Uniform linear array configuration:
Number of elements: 32
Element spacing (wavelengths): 0.75
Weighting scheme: hamming
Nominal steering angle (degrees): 60
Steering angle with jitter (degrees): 59.248
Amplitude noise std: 0.05
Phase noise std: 0.05

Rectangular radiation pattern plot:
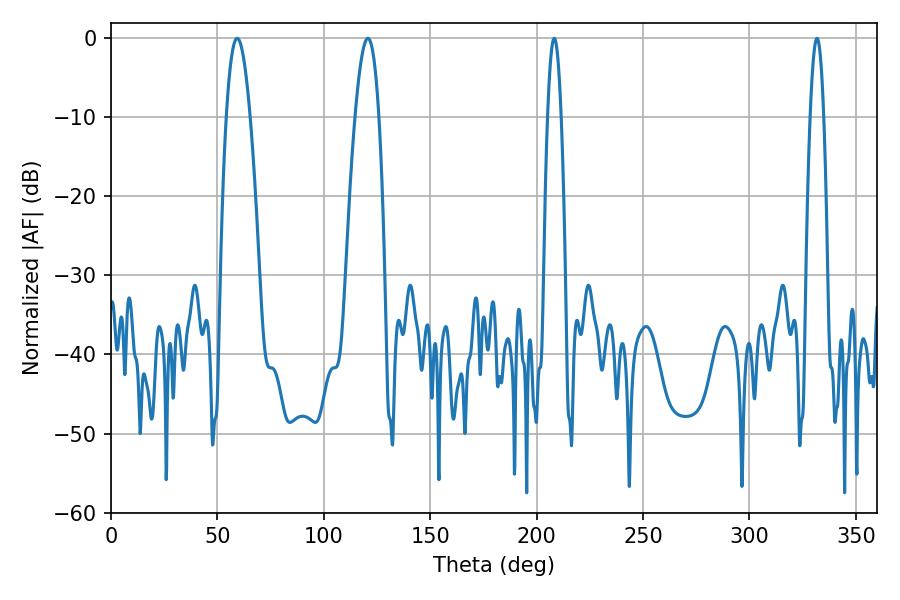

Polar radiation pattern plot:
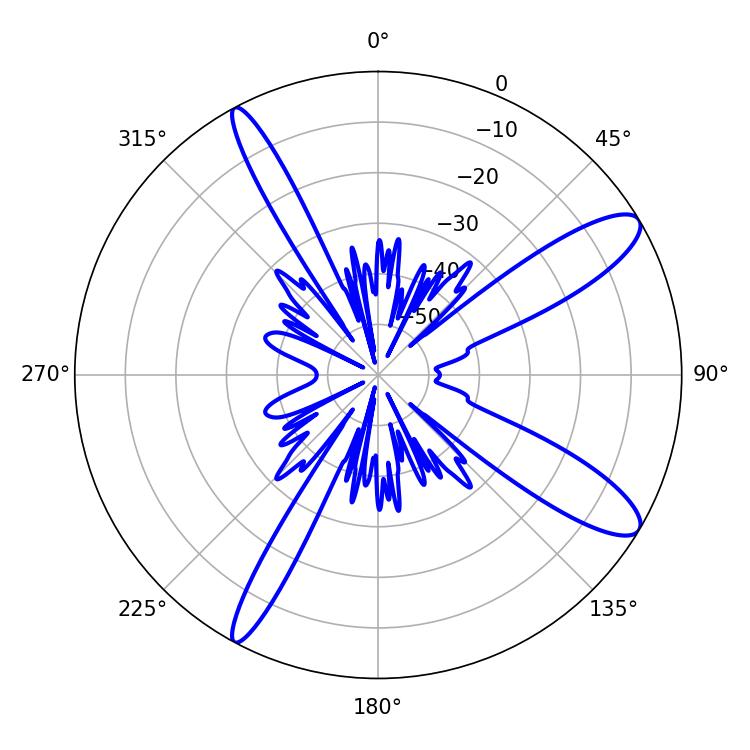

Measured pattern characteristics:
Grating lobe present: TRUE
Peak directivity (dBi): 11.659
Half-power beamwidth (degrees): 3.42
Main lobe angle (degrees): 208.26